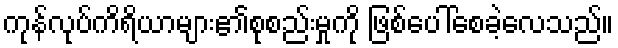
ကုန်လုပ်ကိရိယာများ၏စုစည်းမှုကို ဖြစ်ပေါ်စေခဲ့လေသည်။